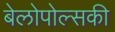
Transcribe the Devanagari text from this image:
बेलोपोल्सकी